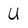
Character: U